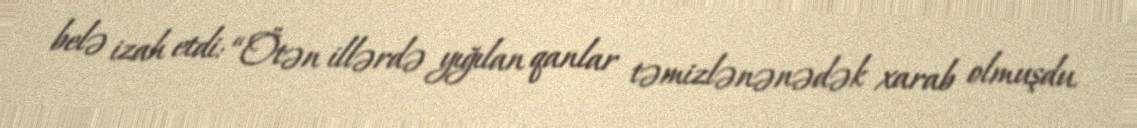
belə izah etdi: “Ötən illərdə yığılan qanlar təmizlənənədək xarab olmuşdu.